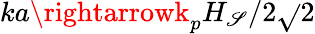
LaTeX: ka\rightarrowk_{p}H_{\mathscr{S}}/2\sqrt{}{{2}}